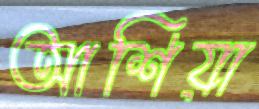
আশিয়া